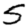
Digit: 5